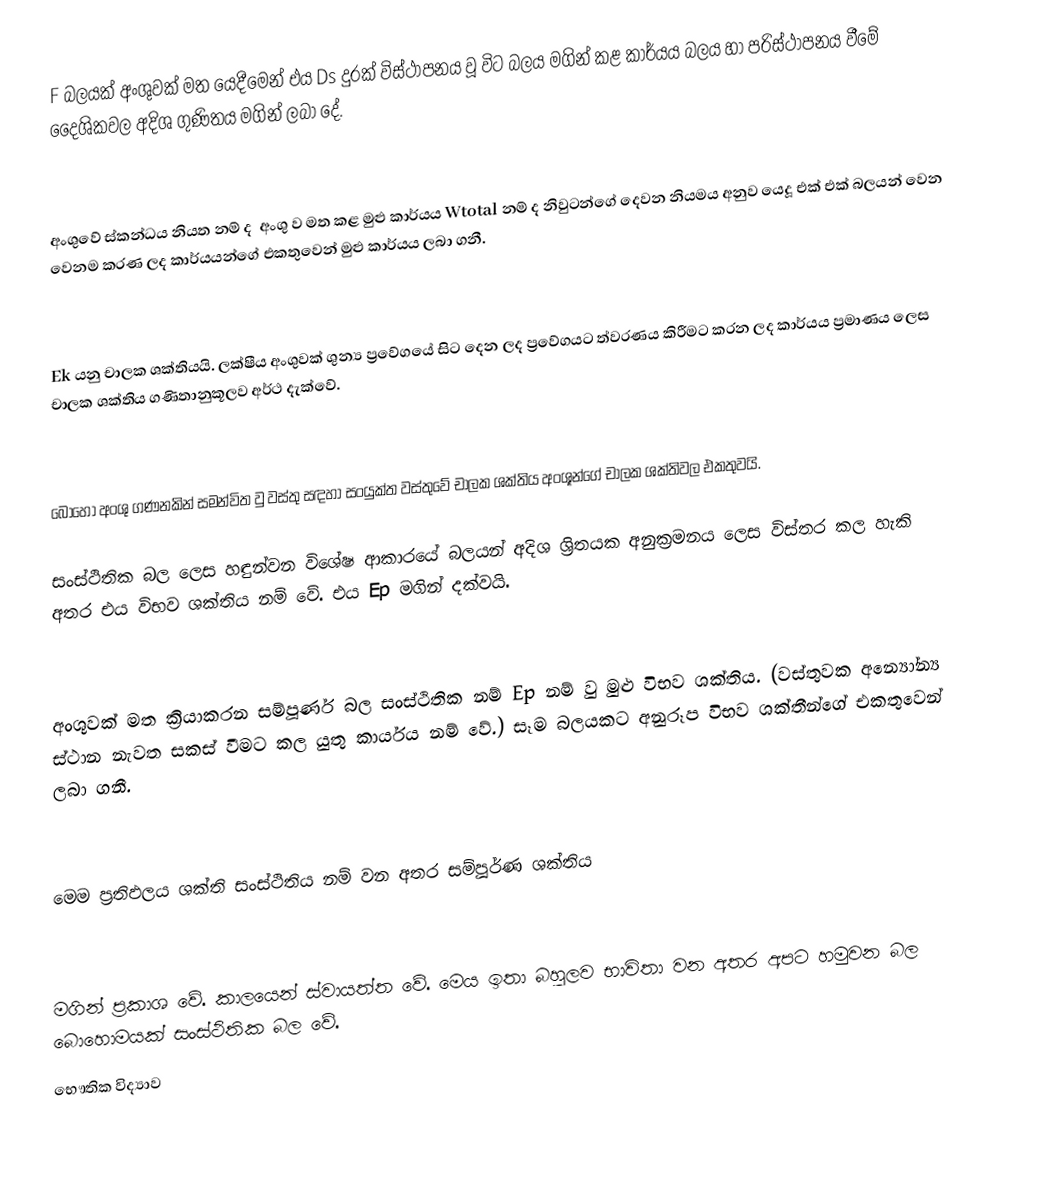
F බලයක් අංශුවක් මත යෙදීමෙන් එය Ds දුරක් විස්ථාපනය වූ විට බලය මගින් කළ කාර්යය බලය හා පරිස්ථාපනය වීමේ දෛශිකවල අදිශ ගුණිතය මගින් ලබා දේ.

අංශුවේ ස්කන්ධය නියත නම් ද ­ අංශු ව මත කළ මුළු කාර්යය Wtotal නම් ද නිවුටන්ගේ දෙවන නියමය අනුව යෙදූ එක් එක් බලයන් වෙන වෙනම කරණ ලද කාර්යයන්ගේ එකතුවෙන් මුළු කාර්යය ලබා ගනී.

Ek යනු චාලක ශක්තියයි. ලක්ෂීය අංශුවක් ශුන්‍ය ප්‍රවේගයේ සිට දෙන ලද ප්‍රවේගයට ත්වරණය කිරීමට කරන ලද කාර්යය ප්‍රමාණය ලෙස චාලක ශක්තිය ගණිතානුකූලව අර්ථ දැක්වේ.

බොහෝ අංශු ගණනකින් සමන්විත වු වස්තු සඳහා සංයුක්ත වස්තුවේ චාලක ශක්තිය අංශූන්ගේ චාලක ශක්තිවල එකතුවයි.

සංස්ථිතික බල ලෙස හඳුන්වන විශේෂ ආකාරයේ බලයන් අදිශ ශ්‍රිතයක අනුක්‍රමනය ලෙස විස්තර කල හැකි අතර එය විභව ශක්තිය නම් වේ. එය Ep මගින් දක්වයි.

අංශුවක් මත ක්‍රියාකරන සම්පූර්ණ බල සංස්ථිතික නම් Ep නම් වු මුළු විභව ශක්තිය. (වස්තුවක අන්‍යෝන්‍ය ස්ථාන නැවත සකස් වීමට කල යුතු කාර්යය නම් වේ.) සෑම බලයකට අනුරූප විභව ශක්තීන්ගේ එකතුවෙන් ලබා ගනී.

මෙම ප්‍රතිඵලය ශක්ති සංස්ථිතිය නම් වන අතර සම්පූර්ණ ශක්තිය

මගින් ප්‍රකාශ වේ. කාලයෙන් ස්වායත්ත වේ. මෙය ඉතා බහුලව භාවිතා වන අතර අපට හමුවන බල බොහොමයක් සංස්ථිතික බල වේ.
භෞතික විද්‍යාව